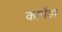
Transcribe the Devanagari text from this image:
कापेंडा